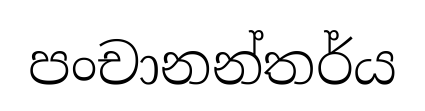
පංචානන්තර්ය